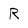
Character: R